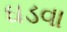
ઘડવા